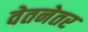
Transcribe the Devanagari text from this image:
वेतनेतर